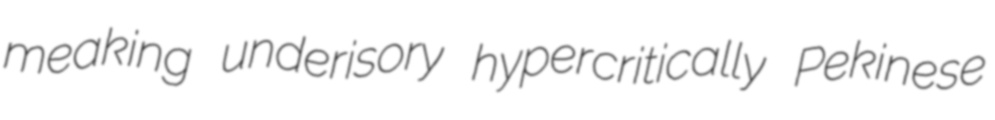
meaking underisory hypercritically Pekinese